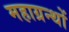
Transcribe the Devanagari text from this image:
महाग्रन्थों